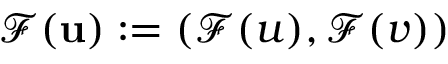
\mathcal { F } ( \mathbf { u } ) : = ( \mathcal { F } ( u ) , \mathcal { F } ( v ) )